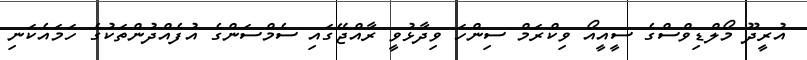
އުރީދޫ މޯލްޑިވްސްގެ ސީއީއޯ ވިކްރަމް ސިންހަ ވިދާޅުވީ ރާއްޖޭގައި ސެމްސަންގެ އުފެއްދުންތަކުގެ ހަމައެކަނި